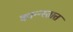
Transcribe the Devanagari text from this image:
कान्न्स्तात्त